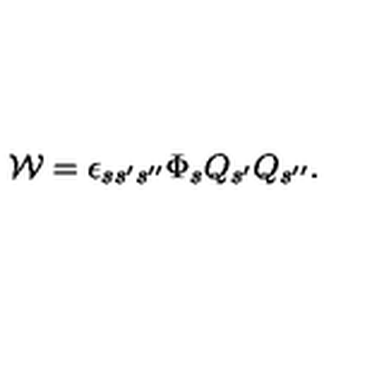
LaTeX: { \cal W } = \epsilon _ { s s ^ { \prime } s ^ { \prime \prime } } \Phi _ { s } Q _ { s ^ { \prime } } Q _ { s ^ { \prime \prime } } .